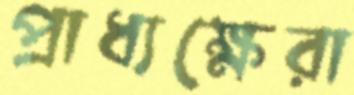
প্রাধ্যক্ষেরা